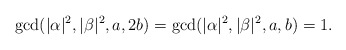
\begin{align*}\gcd( |\alpha|^2, |\beta|^2, a, 2b) = \gcd( |\alpha|^2, |\beta|^2, a , b) = 1.\end{align*}